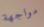
مواجهة